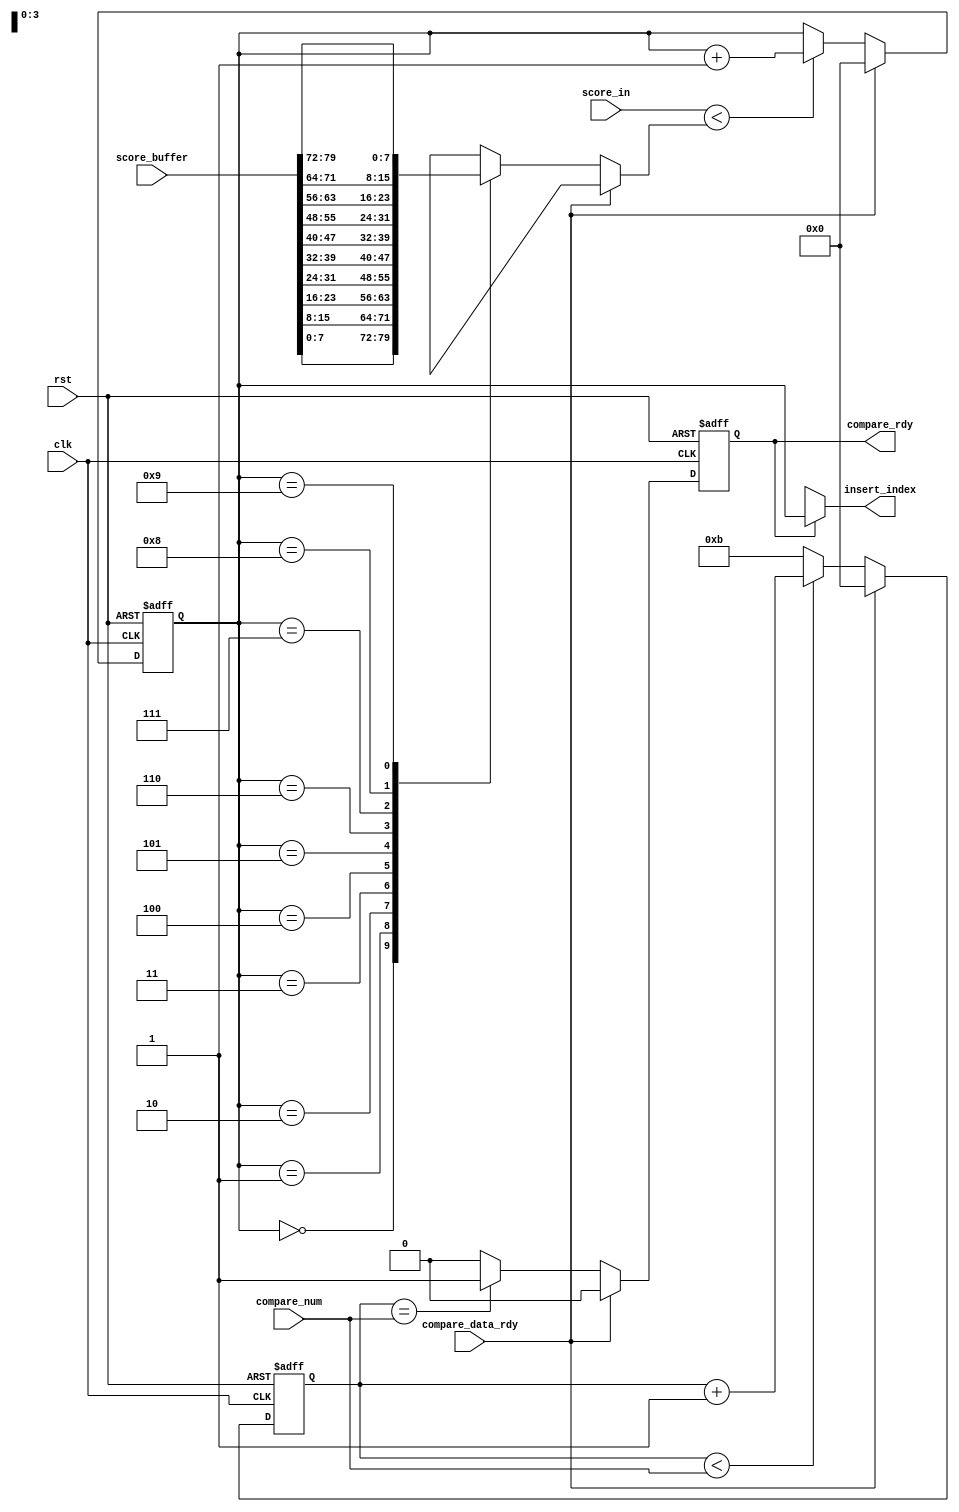
module compare#(parameter width = 8,
					 parameter quantity = 10)
					(input clk,
					 input rst,
					 input compare_data_rdy,
					 input [width-1:0] score_in,
					 input [quantity*width-1:0] score_buffer,
					 input [3:0] compare_num,
					 output reg compare_rdy,
					 output [3:0] insert_index);

reg [3:0] index_cnt;
reg [3:0] compare_cnt;
wire [width-1:0] score_buffer_line [quantity-1:0];
integer i;

genvar j;
generate
for(j=0;j<quantity;j=j+1)
begin: d
	assign score_buffer_line[j] = score_buffer[j*width+7-:8];
end
endgenerate
	
always@(posedge clk, negedge rst)
begin
	if(!rst)
	begin
		compare_cnt <= 4'd11;
	end
	else if(compare_data_rdy)
	begin
		compare_cnt <= 4'd0;
	end
	else if(compare_cnt < compare_num)
	begin
		compare_cnt <= compare_cnt + 1'b1;
	end
	else
	begin
		compare_cnt <= 4'd11;
	end
end
	
always@(posedge clk, negedge rst)
begin
	if(!rst)
	begin
		index_cnt <= 4'd0;
	end
	else if(compare_data_rdy)
	begin
		index_cnt <= 4'd0;
	end
	else if(score_in < score_buffer_line[index_cnt])
	begin
		index_cnt <= index_cnt + 1'b1;
	end
	else
	begin
		index_cnt <= index_cnt;
	end
end

always@(posedge clk, negedge rst)
begin
	if(!rst)	
	begin
		compare_rdy <= 1'b0;
	end
	else if(compare_data_rdy)
	begin
		compare_rdy <= 1'b0;
	end
	else if(compare_cnt == compare_num)
	begin
		compare_rdy <= 1'b1;
	end
	else
	begin
		compare_rdy <= 1'b0;
	end
end

assign insert_index = (compare_rdy==1'b1)?index_cnt:4'dx;
			

endmodule